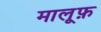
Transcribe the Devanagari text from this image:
मालूफ़